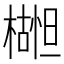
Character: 𬄮